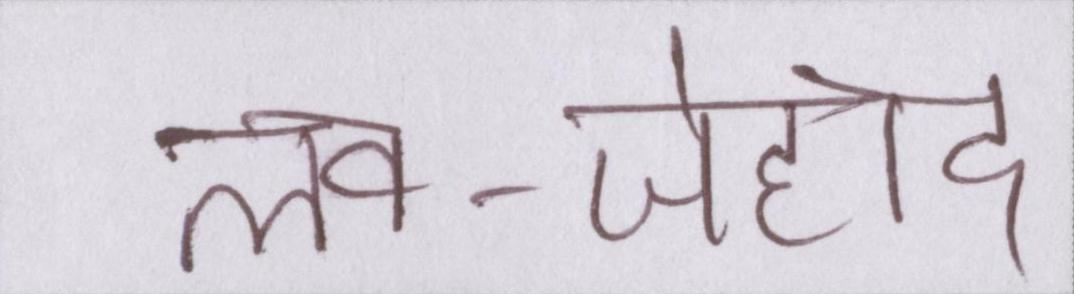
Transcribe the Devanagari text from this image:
लव-जेहाद